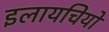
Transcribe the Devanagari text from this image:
इलायचियों